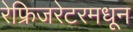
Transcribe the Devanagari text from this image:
रेफ्रिजरेटरमधून